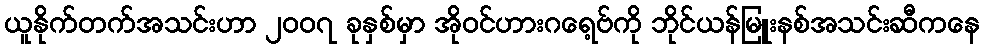
ယူနိုက်တက်အသင်းဟာ ၂၀၀၇ ခုနှစ်မှာ အိုဝင်ဟားဂရေ့ဗ်ကို ဘိုင်ယန်မြူးနစ်အသင်းဆီကနေ